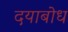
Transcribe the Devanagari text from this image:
दयाबोध